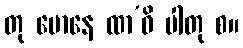
တု မောနေ ထာ’ဝိ ပါတု စ။